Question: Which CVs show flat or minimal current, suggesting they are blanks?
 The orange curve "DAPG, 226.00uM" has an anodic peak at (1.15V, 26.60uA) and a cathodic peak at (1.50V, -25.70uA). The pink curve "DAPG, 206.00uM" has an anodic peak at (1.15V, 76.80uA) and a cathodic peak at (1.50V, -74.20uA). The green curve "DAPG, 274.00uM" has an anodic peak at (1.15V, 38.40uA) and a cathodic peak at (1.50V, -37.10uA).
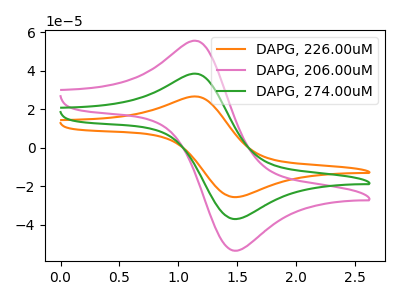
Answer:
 <answer>There are not any CV's on this graph that are likely to be blanks.</answer>
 <eval>none</eval>